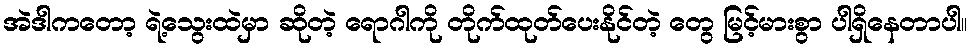
အဲဒါကတော့ ရဲ့သွေးထဲမှာ ဆိုတဲ့ ရောဂါကို တိုက်ထုတ်ပေးနိုင်တဲ့ တွေ မြင့်မားစွာ ပါရှိနေတာပါ။